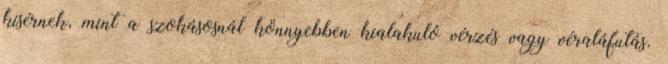
kísérnek, mint a szokásosnál könnyebben kialakuló vérzés vagy véraláfutás.